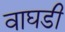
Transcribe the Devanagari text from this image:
वाघडी